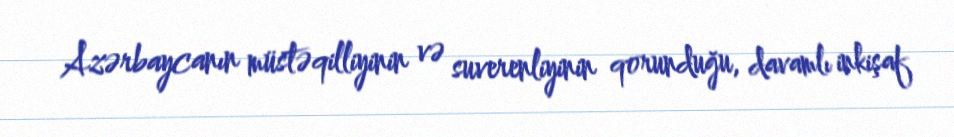
Azərbaycanın müstəqilliyinin və suverenliyinin qorunduğu, davamlı inkişaf